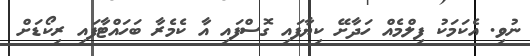
ނުވި. އެކަމަކު ފިލްމެއް ހަދާށޭ ކިޔާފައި ގޮސްފައި އާ ކެމެރާ ބަހައްޓާފައި ރިކޯޑަށް